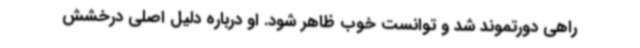
راهی دورتموند شد و توانست خوب ظاهر شود. او درباره دلیل اصلی درخشش